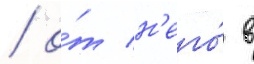
/ о́т н'его́ в